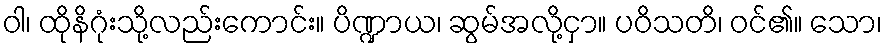
ဝါ၊ ထိုနိဂုံးသို့လည်းကောင်း။ ပိဏ္ဍာယ၊ ဆွမ်အလို့ငှာ။ ပဝိသတိ၊ ဝင်၏။ သော၊